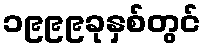
၁၉၉၉ခုနှစ်တွင်